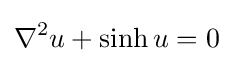
\displaystyle \nabla ^{2}u+\sinh u=0